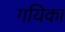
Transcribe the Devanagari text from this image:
गयिका